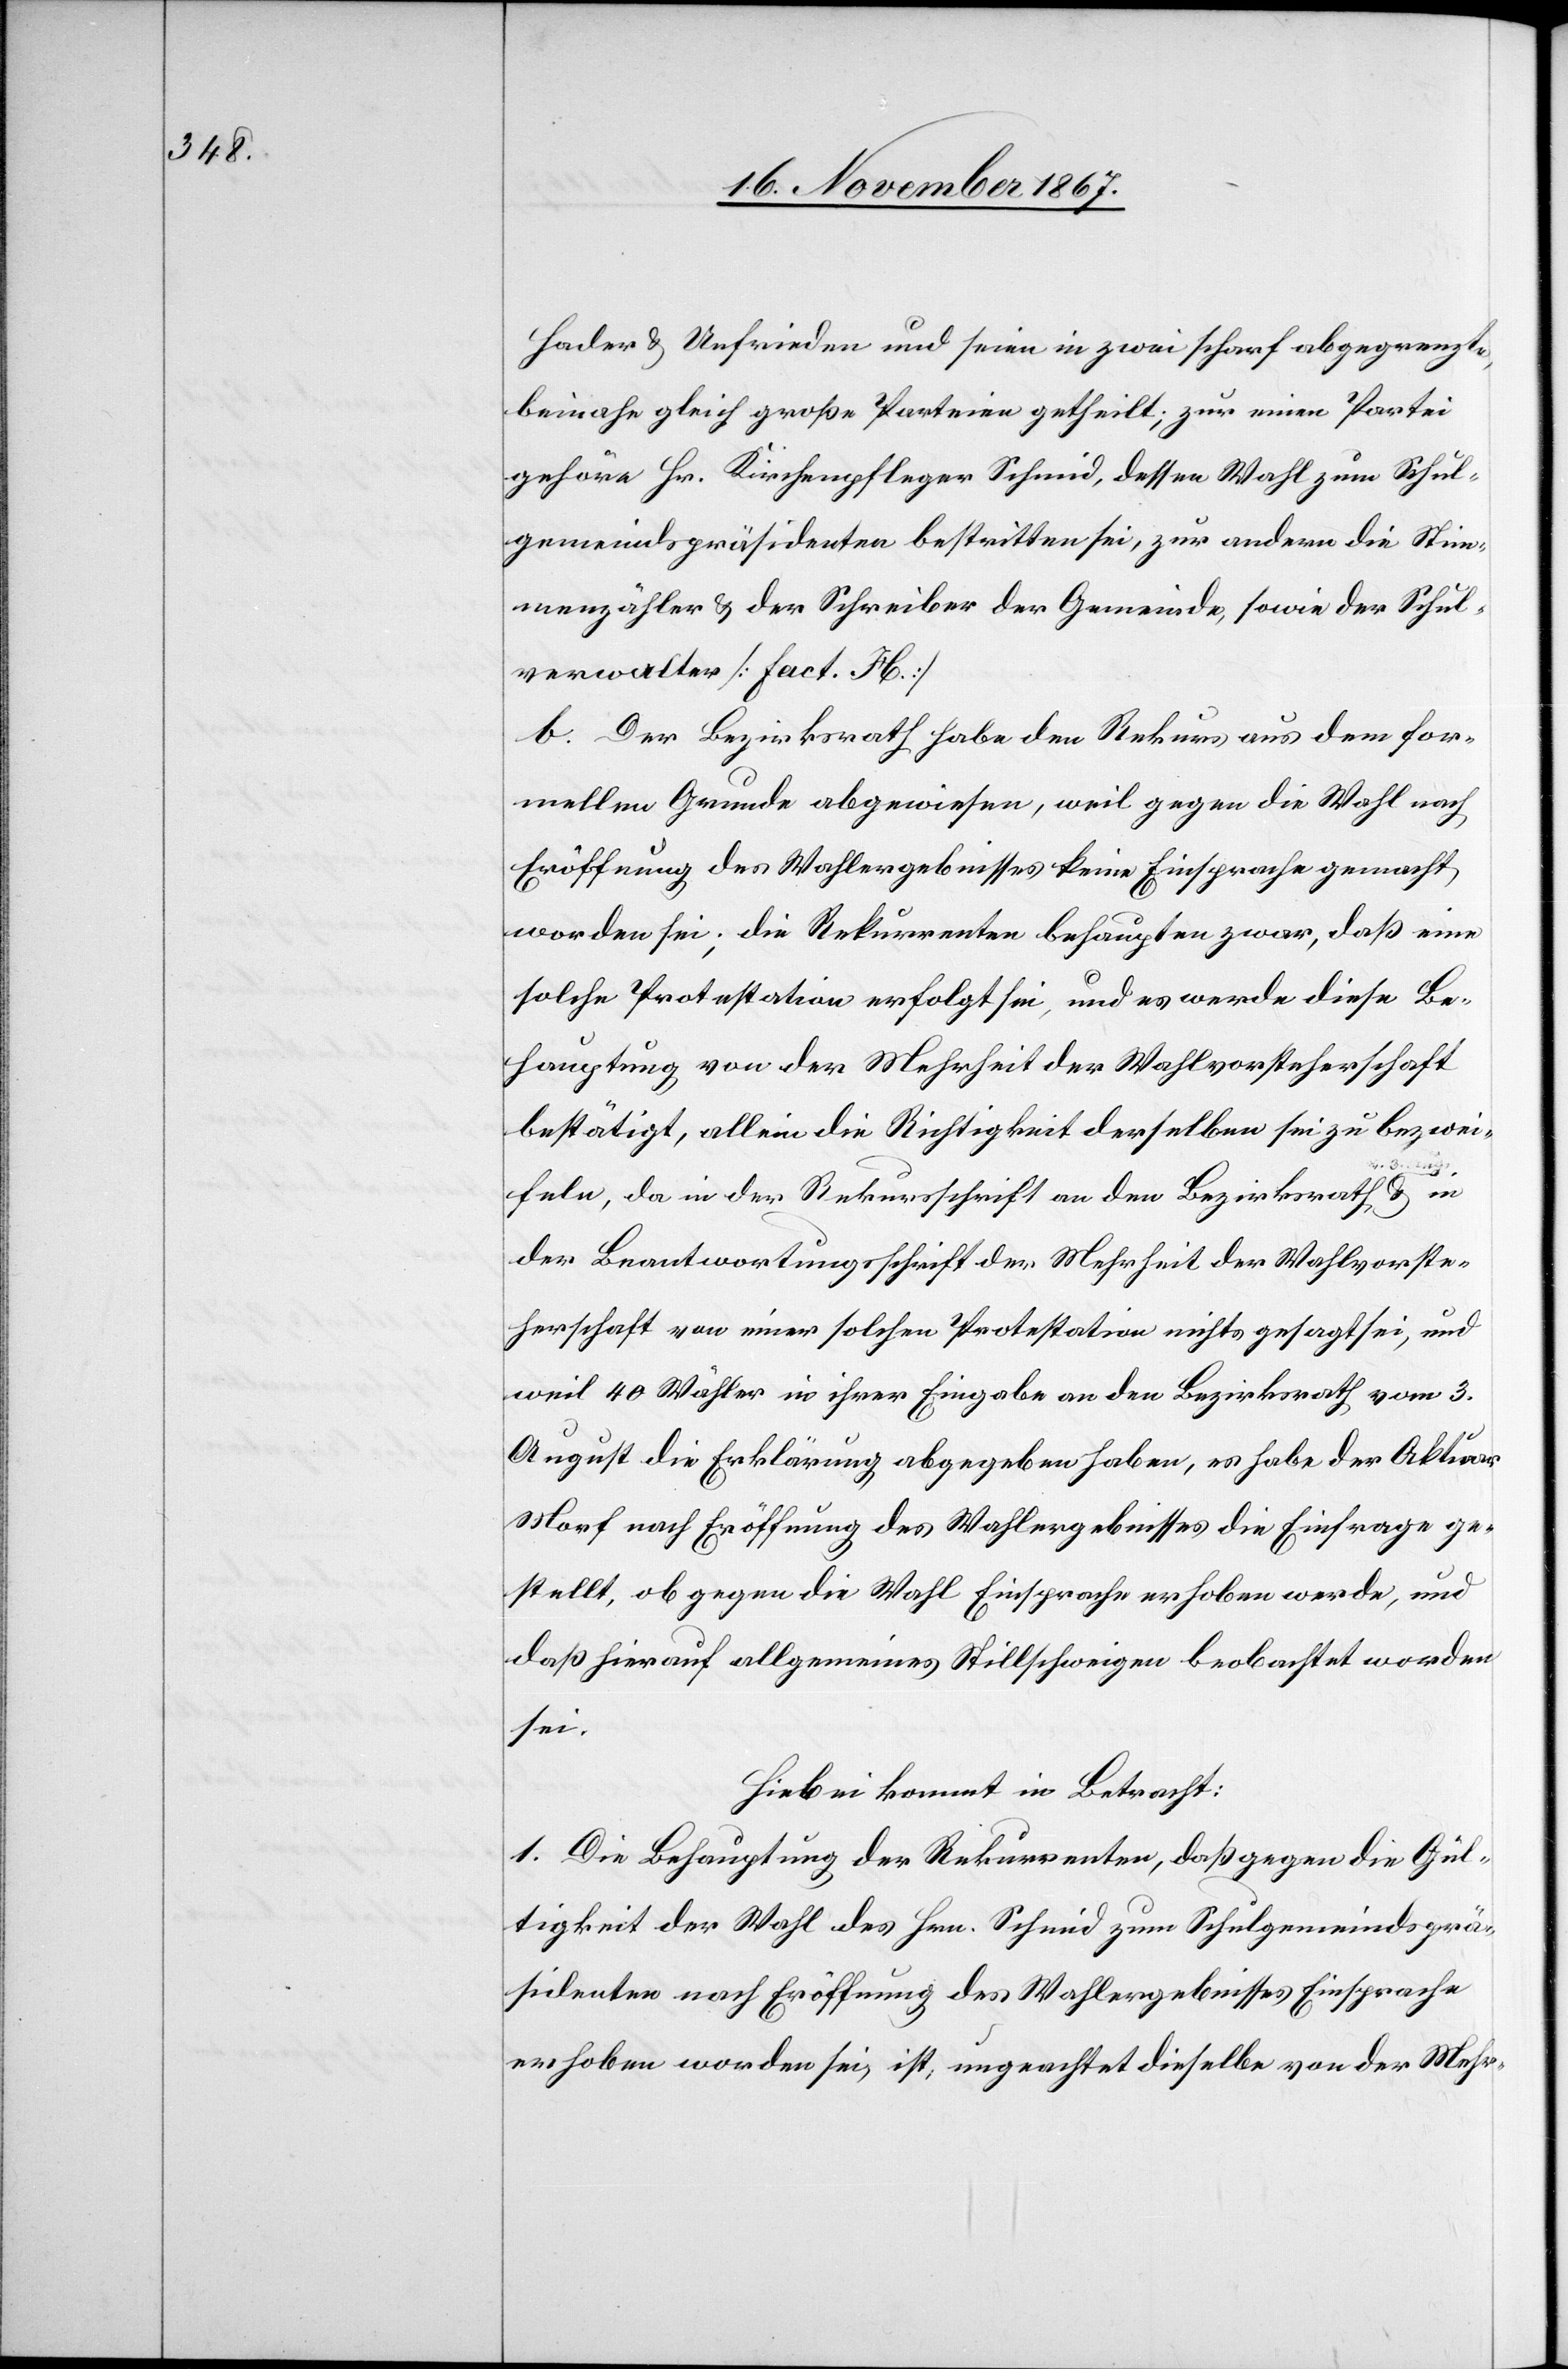
Hader u. Unfrieden und seien in zwei scharf abgegrenzte,
beinahe gleich große Parteien getheilt; zur einen Partei
gehöre Hr. Kirchenpfleger Schmid, dessen Wahl zum Schul¬
gemeindspräsidenten bestritten sei, zur andern die Stim¬
menzähler u. der Schreiber der Gemeinde, sowie der Schul¬
verwalter [Fact. H.]
b. Der Bezirksrath habe den Rekurs aus dem for¬
mellen Grunde abgewiesen, weil gegen die Wahl nach
Eröffnung des Wahlergebnisses keine Einsprache gemacht
worden sei; die Rekurrenten behaupten zwar, daß eine
solche Protestation erfolgt sei, und es werde diese Be¬
hauptung von der Mehrheit der Wahlvorsteherschaft
bestätigt, allein die Richtigkeit derselben sei zu bezwei¬
feln, da in der Rekursschrift an den Bezirksrath, u. in
der Beantwortungsschrift der Mehrheit der Wahlvorste¬
herschaft von einer solchen Protestation nichts gesagt sei, und
weil 40 Wähler in ihrer Eingabe an den Bezirksrath vom 3.
August die Erklärung abgegeben haben, es habe der Aktuar
Morf nach Eröffnung des Wahlergebnisses die Einfrage ge¬
stellt, ob gegen die Wahl Einsprache erhoben werde, und
daß hierauf allgemeines Stillschweigen beobachtet worden
sei.
Hiebei kommt in Betracht:
1. Die Behauptung der Rekurrenten, daß gegen die Gül¬
tigkeit der Wahl des Hrn. Schmid zum Schulgemeindsprä¬
sidenten nach Eröffnung des Wahlergebnisses Einsprache
erhoben worden sei, ist, ungeachtet dieselbe von der Mehr-